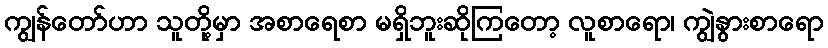
ကျွန်တော်ဟာ သူတို့မှာ အစာရေစာ မရှိဘူးဆိုကြတော့ လူစာရော၊ ကျွဲနွားစာရော